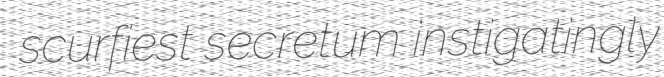
scurfiest secretum instigatingly